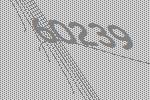
60239